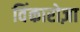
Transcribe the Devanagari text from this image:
विंकारोज़ा